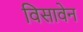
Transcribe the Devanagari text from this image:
विसावेन